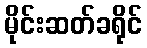
မိုင်းဆတ်ခရိုင်